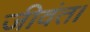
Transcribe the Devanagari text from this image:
जीवंत।